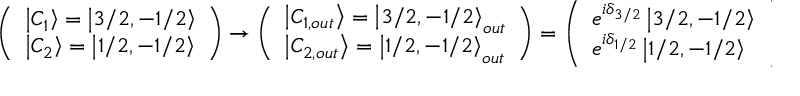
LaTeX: \left( \begin{array} { l } { { \left| C _ { 1 } \right\rangle = \left| 3 / 2 , - 1 / 2 \right\rangle } } \\ { { \left| C _ { 2 } \right\rangle = \left| 1 / 2 , - 1 / 2 \right\rangle } } \end{array} \right) \rightarrow \left( \begin{array} { l } { { \left| C _ { 1 , o u t } \right\rangle = \left| 3 / 2 , - 1 / 2 \right\rangle _ { o u t } } } \\ { { \left| C _ { 2 , o u t } \right\rangle = \left| 1 / 2 , - 1 / 2 \right\rangle _ { o u t } } } \end{array} \right) = \left( \begin{array} { l } { { e ^ { i \delta _ { 3 / 2 } } \left| 3 / 2 , - 1 / 2 \right\rangle } } \\ { { e ^ { i \delta _ { 1 / 2 } } \left| 1 / 2 , - 1 / 2 \right\rangle } } \end{array} \right)